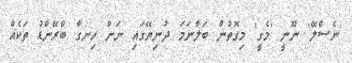
'ނެސްލޭ' ނޫނީ 'މެގީ' މިގޮތުން ބަލާނަމަ ދުނިޔޭގައި ނަން ހިނގާ ބްރޭންޑު ތަކެއް